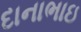
દાનાભાઇ